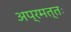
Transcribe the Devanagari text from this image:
अप्रमत्तः